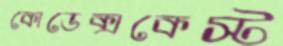
কোডেক্সকেস্ট